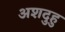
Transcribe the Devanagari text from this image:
अशदुहु